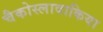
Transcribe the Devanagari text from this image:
चैकोस्लावाकिया